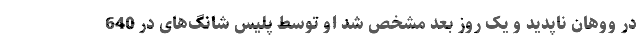
در ووهان ناپدید و یک روز بعد مشخص شد او توسط پلیس شانگ‌های در 640